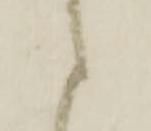
候